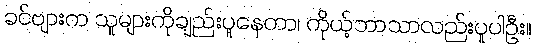
ခင်ဗျားက သူများကိုချည်းပူနေတာ၊ ကိုယ့်ဘာသာလည်းပူပါဦး။